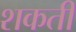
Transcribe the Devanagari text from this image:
शकती